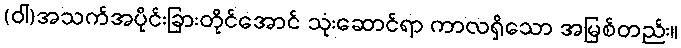
(ဝါ)အသက်အပိုင်းခြားတိုင်အောင် သုံးဆောင်ရာ ကာလရှိသော အမြစ်တည်း။